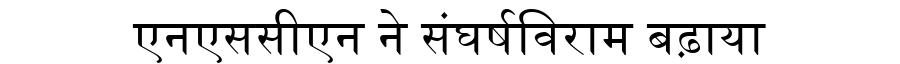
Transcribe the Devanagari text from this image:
एनएससीएन ने संघर्षविराम बढ़ाया